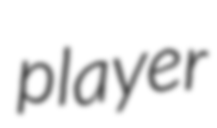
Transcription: player